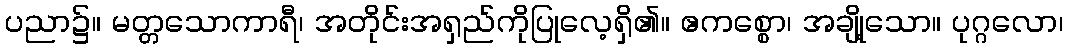
ပညာ၌။ မတ္တသောကာရီ၊ အတိုင်းအရှည်ကိုပြုလေ့ရှိ၏။ ဧကစ္စော၊ အချို့သော။ ပုဂ္ဂလော၊